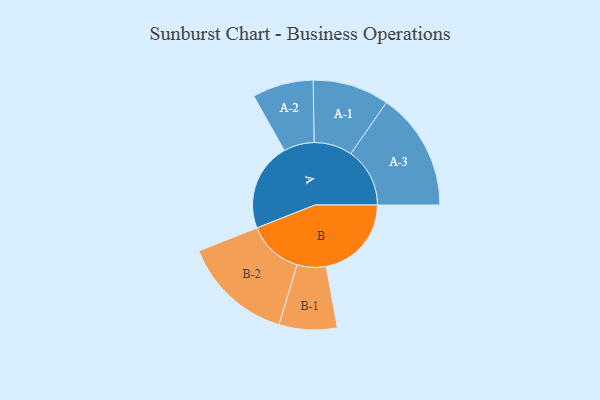
{"axis": {"x": "Segment", "y": "Value"}, "legend": ["", "A", "B"], "data": [{"x": "A", "y": 389, "type": ""}, {"x": "B", "y": 377, "type": ""}, {"x": "A-1", "y": 169, "type": "A"}, {"x": "A-2", "y": 135, "type": "A"}, {"x": "A-3", "y": 261, "type": "A"}, {"x": "B-1", "y": 128, "type": "B"}, {"x": "B-2", "y": 245, "type": "B"}]}